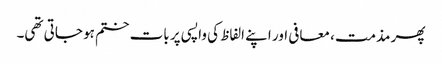
پھر مذمت، معافی اور اپنے الفاظ کی واپسی پر بات ختم ہو جاتی تھی۔